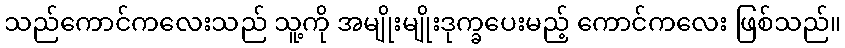
သည်ကောင်ကလေးသည် သူ့ကို အမျိုးမျိုးဒုက္ခပေးမည့် ကောင်ကလေး ဖြစ်သည်။